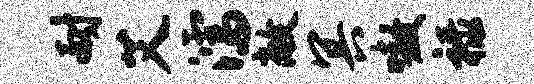
耐艾濡敞冥嗷禄